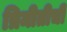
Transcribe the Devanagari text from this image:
त्रिमीतीची